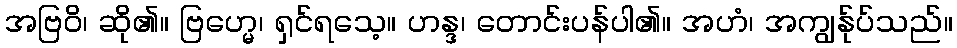
အဗြဝိ၊ ဆို၏။ ဗြဟ္မေ၊ ရှင်ရသေ့။ ဟန္ဒ၊ တောင်းပန်ပါ၏။ အဟံ၊ အကျွန်ုပ်သည်။